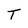
Character: T